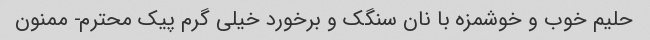
حلیم خوب و خوشمزه با نان سنگک و برخورد خیلی گرم پیک محترم- ممنون